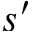
s ^ { \prime }